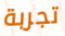
تجربة